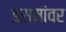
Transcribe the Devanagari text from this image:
इसमांवर